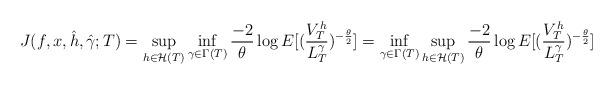
LaTeX: \begin{align*}{J(f,x,\hat{h},\hat{\gamma};T)}=\sup_{h \in {\mathcal{H}}(T)}\inf_{\gamma \in \Gamma(T)}{\frac{-2}{\theta}\log{E[(\frac{V^{h}_{T}}{L^{\gamma}_{T}})^{-\frac{\theta}{2}}]}}=\inf_{\gamma \in \Gamma(T)}\sup_{h \in {\mathcal{H}}(T)}{\frac{-2}{\theta}\log{E[(\frac{V^{h}_{T}}{L^{\gamma}_{T}})^{-\frac{\theta}{2}}]}}\end{align*}